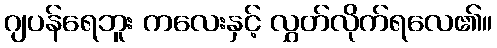
ဂျပန်ရေဘူး ကလေးနှင့် လွှတ်လိုက်ရလေ၏။